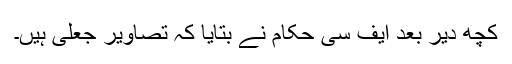
کچھ دیر بعد ایف سی حکام نے بتایا کہ تصاویر جعلی ہیں۔